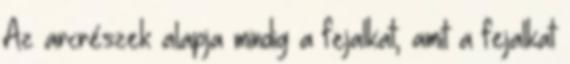
Az arcrészek alapja mindig a fejalkat, amit a fejalkat